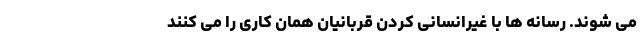
می شوند. رسانه ها با غیرانسانی کردن قربانیان همان کاری را می کنند